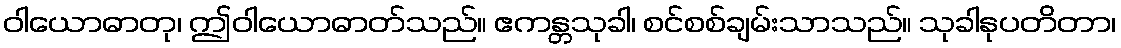
ဝါယောဓာတု၊ ဤဝါယောဓာတ်သည်။ ဧကန္တသုခါ၊ စင်စစ်ချမ်းသာသည်။ သုခါနုပတိတာ၊